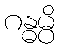
ဂန္ဓမ္ပိ